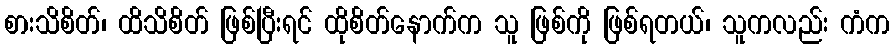
စားသိစိတ်၊ ထိသိစိတ် ဖြစ်ပြီးရင် ထိုစိတ်နောက်က သူ ဖြစ်ကို ဖြစ်ရတယ်၊ သူကလည်း ကံက